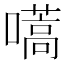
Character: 嚆